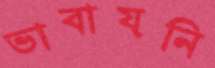
ভাবায়নি